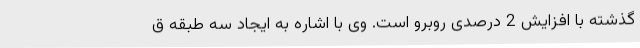
گذشته با افزایش 2 درصدی روبرو است. وی با اشاره به ایجاد سه طبقه ق